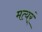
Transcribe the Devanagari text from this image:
मत्यर्ं